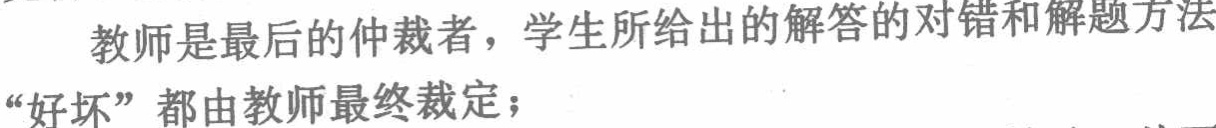
教师是最后的仲裁者，学生所给出的解答的对错和解题方法“好坏”都由教师最终裁定；